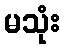
မသုံး